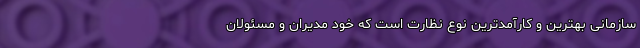
سازمانی بهترین و کارآمدترین نوع نظارت است که خود مدیران و مسئولان